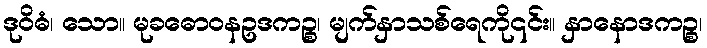
ဒုဝိဓံ၊ သော။ မုခဓောဝနဥဒကဉ္စ၊ မျက်နှာသစ်ရေကို၎င်း။ နှာနောဒကဉ္စ၊